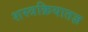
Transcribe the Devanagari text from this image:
शस्त्रक्रियातज्ञ